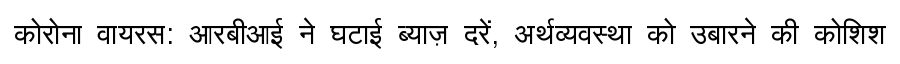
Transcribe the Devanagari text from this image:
कोरोना वायरस: आरबीआई ने घटाई ब्याज़ दरें, अर्थव्यवस्था को उबारने की कोशिश